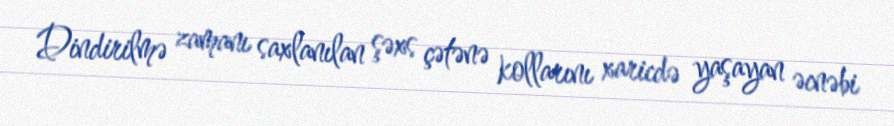
Dindirilmə zamanı saxlanılan şəxs çətənə kollarını xaricdə yaşayan əcnəbi